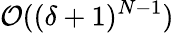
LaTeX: \mathcal{O}((\delta+1)^{N-1})